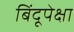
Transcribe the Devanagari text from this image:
बिंदूपेक्षा